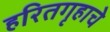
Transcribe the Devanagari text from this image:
हरितगृहाचे